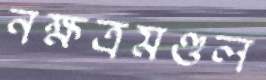
নক্ষত্রমণ্ডল